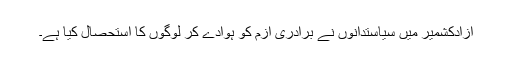
آزادکشمیر میں سیاستدانوں نے برادری ازم کو ہوادے کر لوگوں کا استحصال کیا ہے۔